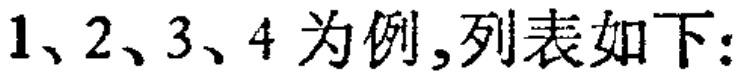
以1、2、3、4为例,列表如下: